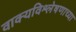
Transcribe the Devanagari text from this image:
वाक्यविश्लेषणाच्या